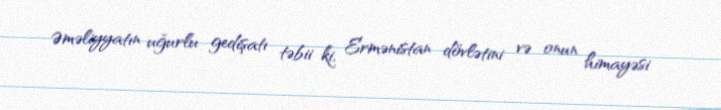
Əməliyyatın uğurlu gedişatı təbii ki, Ermənistan dövlətini və onun himayəsi